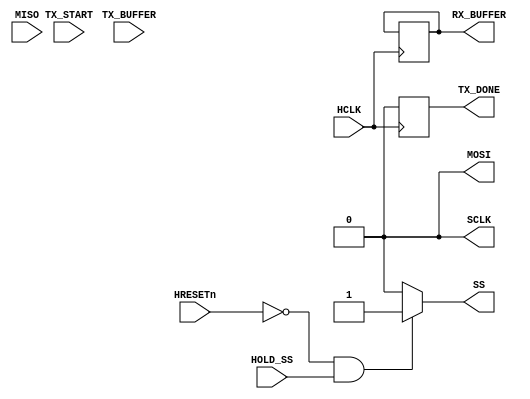
`timescale 1ns / 1ps
//////////////////////////////////////////////////////////////////////////////////
// Company: 
// Engineer: 
// 
// Design Name: 
// Module Name: mfp_ahb_SPI
// Project Name: 
// Target Devices: 
// Tool Versions: 
// Description: 
// 
// Dependencies: 
// 
// Revision:
// Revision 0.01 - File Created
// Additional Comments:
// 
//////////////////////////////////////////////////////////////////////////////////


module mfp_ahb_SPI
#(
        parameter SYSCLK_HZ = 50000000,
        parameter SPI_CLK_HZ = 1000000
)
(
    input HCLK,
    input HRESETn,
    input [7:0] TX_BUFFER,
    output reg[7:0] RX_BUFFER,
    output reg TX_DONE,
    input TX_START,
    input HOLD_SS,
    
    //SPI Interface signal
    output SCLK,
    input MISO,
    output MOSI,
    output SS  
  );
    
    // Determine the division rate in order to create the 2X SCLK tick
    localparam CLK_DIV = (SYSCLK_HZ/(2*SPI_CLK_HZ)) - 1;
    
    // To generate the 2X SCLK tick, then SCLK
    integer SCLK_2X_DIV;
    wire SCLK_2X_TICK = 1'b0;
    // Internal SCLK signal
    wire SCLK_INT = 1'b0;
    
    // Enable Output Signals
    wire EN_SCLK = 1'b0;
    wire EN_SS  = 1'b0;
    
    // Control Signals 
    wire EN_SHIFT = 1'b0;       // Enable shifting the MOSI_REG and MISO_REG registers
    wire EN_LOAD_DOUT = 1'b0;   // Enable loading the Dout register
                                // from the shift register for MISO 
    wire EN_LOAD_DIN  = 1'b0;  //  Load the MOSI shift register 
    
    wire SHIFT_TICK_IN = 1'b0;  //  the moment at which the shifting is made, 
    wire SHIFT_TICK_OUT = 1'b0;  // i.e. at the SCLK frequency
    
    // State machine internal condition signals
    wire Start_Shifting = 1'b0; 
    wire Shifting_Done  = 1'b0;  
    
    //Counter for number of bits sent/received
    reg[7:0] CntBits;
    wire Reset_Counters; // to reset all the counters, when in the Idle State
    
    //Shift In and Shift Out Registers
    reg[7:0] MOSI_REG = 8'b00000000;
    reg[7:0] MISO_REG = 8'b00000000;
    
    //Pipe Done signal to ensure that data is stable at the output
    reg DONE_1  = 1'b0;
    
    
    // Define Control Signals and States. From MSB: 7:EN_LOAD_DIN, 6:EN_SHIFT, 5:Reset_Counters, 
    //                                          4:EN_SCLK, 3:EN_SS, 2:EN_LOAD_DOUT, 1:STC(1), 0:STC(0)
    wire[7:0] stIdle = 8'b10100000;
    wire[7:0] stPrepare = 8'b00001001;
    wire[7:0] stShift = 8'b01011011;
    wire[7:0] stDone = 8'b00001110;
   
    wire[7:0] StC = stIdle;
    
    // Assign the control signals first
    assign EN_LOAD_DIN    = StC[7];
    assign EN_SHIFT       = StC[6];
    assign Reset_Counters = StC[5];
    assign EN_SCLK        = StC[4];
    assign EN_SS          = StC[3];
    assign EN_LOAD_DOUT   = StC[2];
    
    //Assign the outputs
    assign SS = ((~HRESETn & (HOLD_SS | EN_SS)) ? 1'b1 : 1'b0);
    assign MOSI  = MOSI_REG[7];
    assign SCLK = (EN_SCLK ? 1'b0 : SCLK_INT);
    
    always @(posedge HCLK) begin
        if(EN_LOAD_DOUT)
            RX_BUFFER <= MISO_REG;  
        
        DONE_1 <= EN_LOAD_DOUT;
        TX_DONE   <= DONE_1; 
    end
    
    
    always @(posedge HCLK) begin
        if(Reset_Counters)
            CntBits <= 8'd0;
        else if(SHIFT_TICK_OUT) begin
            if(CntBits == 8'd7)
               CntBits <= 8'd0;
            else
               CntBits <= CntBits + 1;
        end    
    end
   
   
   // Assign the State machine internal condition signals
    
   // Start Shifting in the stPrepare state, after 
    // either a falling edge of SCLK_INT comes in a single byte transfer mode
    // or immediately after a Start command received, in multiple byte transfer mode
    assign Start_Shifting = (StC == stPrepare) & (HOLD_SS | (SCLK_INT & SCLK_2X_TICK));

    //Shifting ends when 8 bits has been transferred, 
    //at the falling edge of SCLK_INT
   assign Shifting_Done =  (StC == stShift) & (CntBits == 8'd7) & SCLK_INT & SCLK_2X_TICK; 
    
    
    
    
endmodule